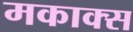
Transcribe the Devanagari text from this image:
मकाक्स